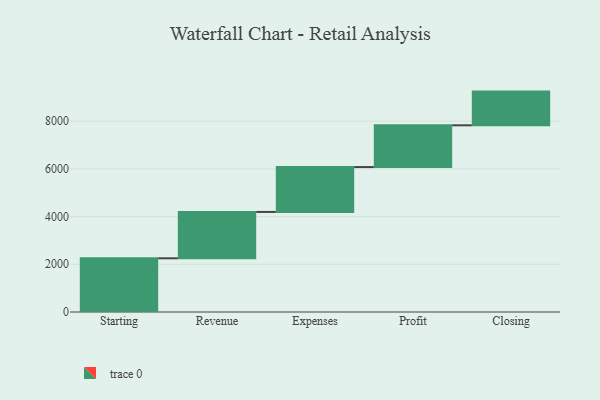
{"axis": {"x": "Step", "y": "Value"}, "legend": [""], "data": [{"x": "Starting", "y": 2251.0, "type": ""}, {"x": "Revenue", "y": 1943.0, "type": ""}, {"x": "Expenses", "y": 1881.0, "type": ""}, {"x": "Profit", "y": 1750.0, "type": ""}, {"x": "Closing", "y": 1413.0, "type": ""}]}